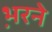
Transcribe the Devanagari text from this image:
भ़रने